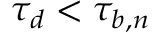
\tau _ { d } < \tau _ { b , n }